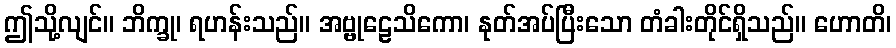
ဤသို့လျင်။ ဘိက္ခု၊ ရဟန်းသည်။ အဗ္ဗုဠေသိကော၊ နုတ်အပ်ပြီးသော တံခါးတိုင်ရှိသည်။ ဟောတိ၊